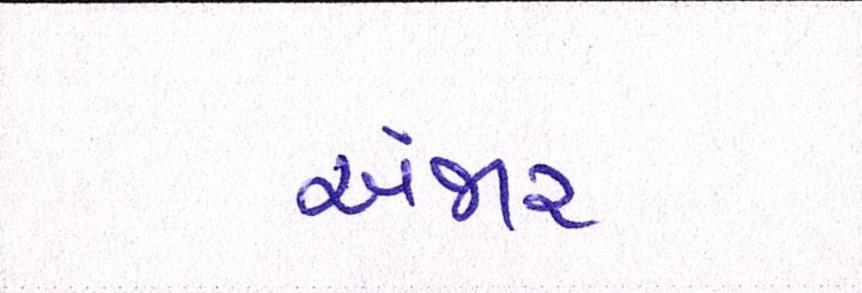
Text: અંજાર